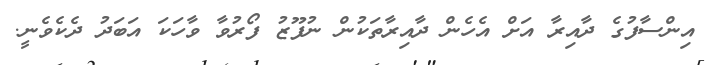
އިންސާފުގެ ދާއިރާ އަށް އެހެން ދާއިރާތަކުން ނުފޫޒު ފޯރުވާ ވާހަކަ އަބަދު ދެކެވެނީ.